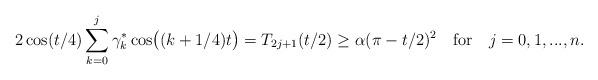
LaTeX: \begin{align*}2\cos(t/4)\sum_{k=0}^j \gamma_k^* \cos \bigl( (k+1/4)t\bigr)=T_{2j+1}(t/2)\geq \alpha (\pi-t/2)^2\quad\mbox{for}\quad{j=0,1,...,n}.\end{align*}